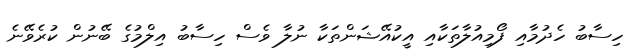
ހިސާބު ހެދުމާއި ފޯމިއުލާތަކާއި އީކުއޭޝަންތަކާ ނުލާ ވެސް ހިސާބު އިލްމުގެ ބޭނުން ކުރެވޭނެ